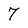
Character: 7